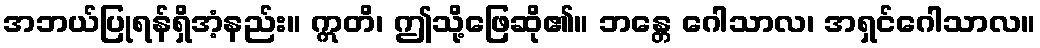
အဘယ်ပြုရန်ရှိအံ့နည်း။ ဣတိ၊ ဤသို့ဖြေဆို၏။ ဘန္တေ ဂေါသာလ၊ အရှင်ဂေါသာလ။